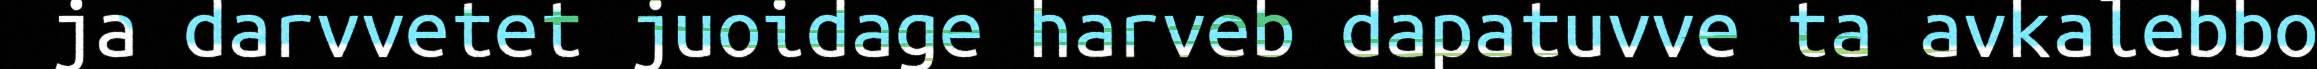
ja darvvetet juoidage harveb dapatuvve ta avkalebbo